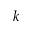
k